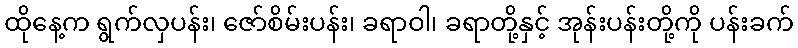
ထိုနေ့က ရွက်လှပန်း၊ ဇော်စိမ်းပန်း၊ ခရာဝါ၊ ခရာတို့နှင့် အုန်းပန်းတို့ကို ပန်းခက်